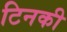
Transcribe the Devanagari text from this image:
टिनकी